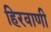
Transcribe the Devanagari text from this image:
हिरवाणी